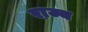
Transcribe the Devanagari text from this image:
रा़ज्य